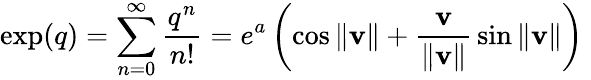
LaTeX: \exp(q)=\sum_{n=0}^{\infty}{\frac{q^{n}}{n!}}=e^{a}\left(\cos\| \mathbf{v}\| +{\frac{\mathbf{v}}{\| \mathbf{v}\| }}\sin\| \mathbf{v}\| \right)~